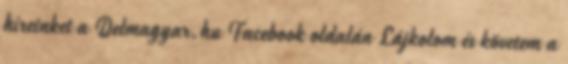
híreinket a Delmagyar.hu Facebook oldalán Lájkolom és követem a